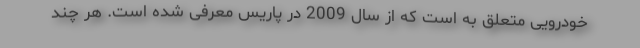
خودرویی متعلق به است که از سال 2009 در پاریس معرفی شده است. هر چند